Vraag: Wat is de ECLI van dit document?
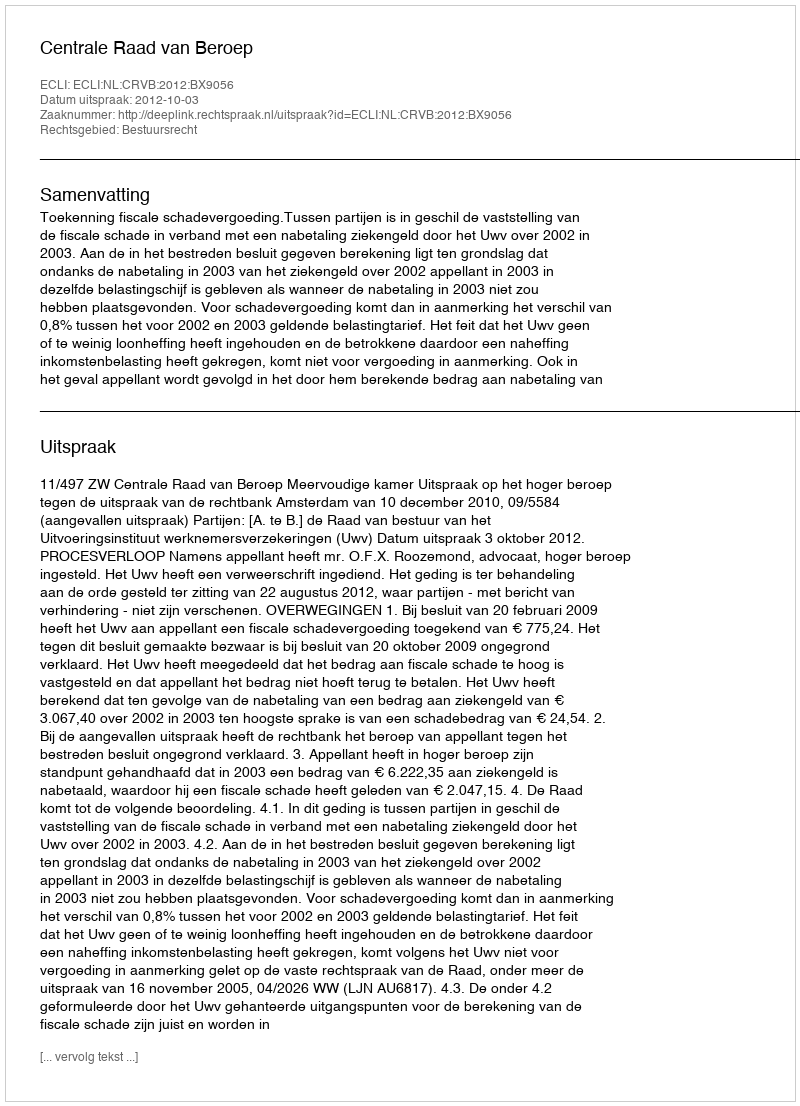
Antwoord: ECLI:NL:CRVB:2012:BX9056